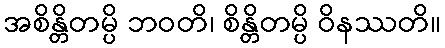
အစိန္တိတမ္ပိ ဘဝတိ၊ စိန္တိတမ္ပိ ဝိနဿတိ။